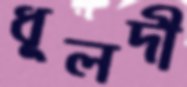
ধূলদী